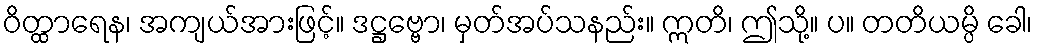
ဝိတ္ထာရေန၊ အကျယ်အားဖြင့်။ ဒဋ္ဌဗ္ဗော၊ မှတ်အပ်သနည်း။ ဣတိ၊ ဤသို့။ ပ။ တတိယမ္ပိ ခေါ၊